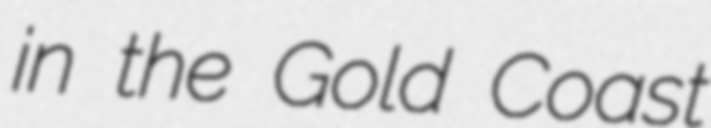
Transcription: in the Gold Coast